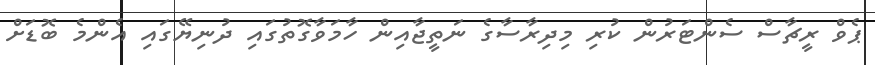
ޕެވް ރީޗާސް ސެންޓަރުން ކުރި މިދިރާސާގެ ނަތީޖާއިން ހާމަވާގޮތުގައި ދުނިޔޭގައި އެންމެ ބޮޑަށް